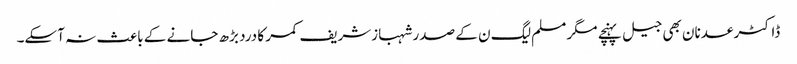
ڈاکٹر عدنان بھی جیل پہنچے مگر مسلم لیگ ن کے صدر شہبازشریف کمر کا درد بڑھ جانے کے باعث نہ آسکے۔